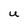
Character: U